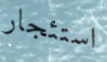
استئجار